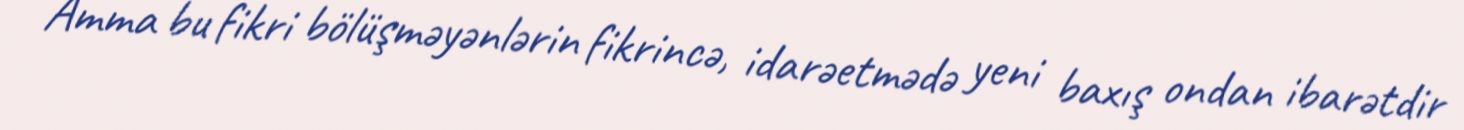
Amma bu fikri bölüşməyənlərin fikrincə, idarəetmədə yeni baxış ondan ibarətdir